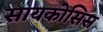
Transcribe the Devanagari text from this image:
सायकोसिस